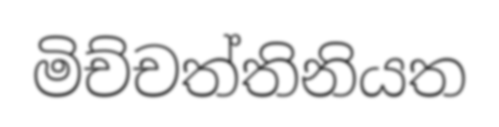
මිච්චත්තිනියත